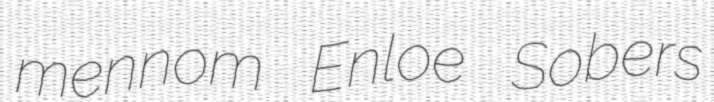
mennom Enloe Sobers